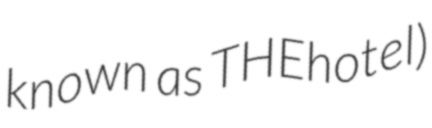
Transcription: known as THEhotel)